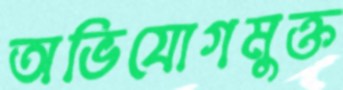
অভিযোগমুক্ত